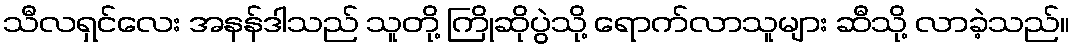
သီလရှင်လေး အနန်ဒါသည် သူတို့ ကြိုဆိုပွဲသို့ ရောက်လာသူများ ဆီသို့ လာခဲ့သည်။